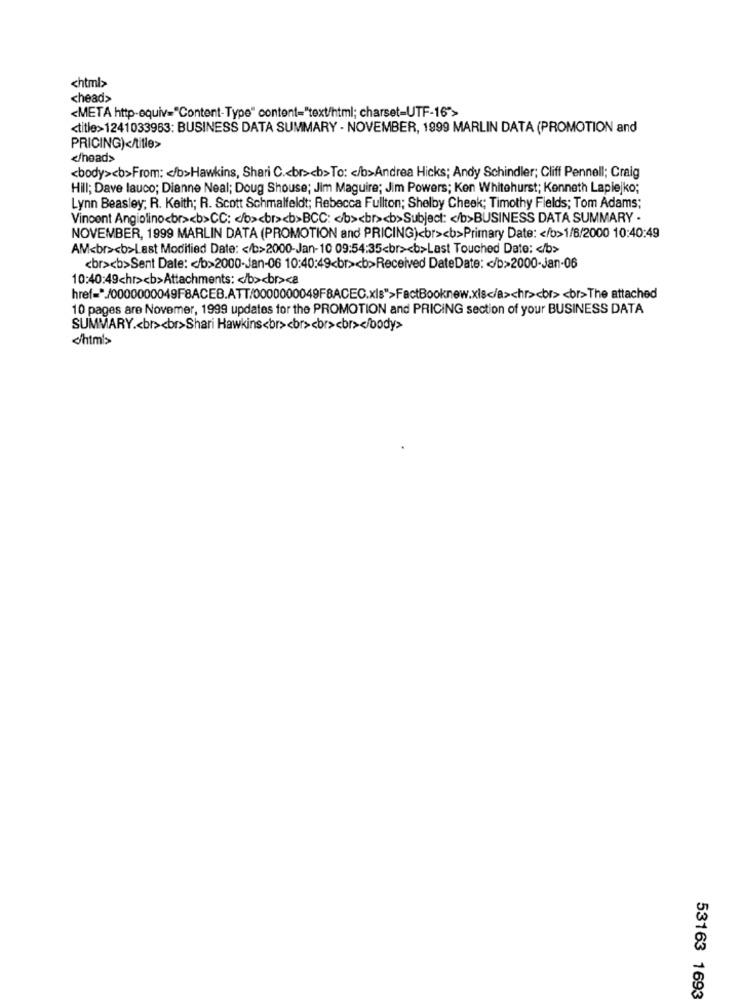
<html>
<head>
<META http-equiv="Content-Type" content="text/html; charset-UTF-16">
<title>1241033963: BUSINESS DATA SUMMARY - NOVEMBER, 1999 MARLIN DATA (PROMOTION and
PRICING)</title>
</head>
<body><b>From: < /b>Hawkins, Shari C .< br><b>To: < /b>Andrea Hicks; Andy Schindler; Cliff Pennell; Craig
Hill; Dave lauco; Dianne Neal; Doug Shouse; Jim Maguire; Jim Powers; Ken Whitehurst; Kenneth Lapiejko;
Lynn Beasley; R. Keith; R. Scott Schmalfeldt; Rebecca Fullton; Shelby Cheek; Timothy Fields; Tom Adams;
Vinoent Angiolino<br><b>CC: < /b><br><b>BCC: < b><br><b>Subject: < /b>BUSINESS DATA SUMMARY .
NOVEMBER, 1999 MARLIN DATA (PROMOTION and PRICING)<br><b>Primary Date: < /b>1/6/2000 10:40:49
AM<br><b>Last Modified Date: < /b>2000-Jan-10 09:54:35<br><b>Last Touched Date: < /b>
<br><b>Sent Date: < /b>2000-Jan-06 10:40:49<br><b>Received DateDate: < /b>2000-Jan-06
10:40:49chr><b>Attachments: < /b><br><a
href="/0000000049F8ACEB.ATT/0000000049F8ACEC.xls">FactBooknew.xls</a><hr><br> <br>The attached
10 pages are Novemer, 1999 updates for the PROMOTION and PRICING section of your BUSINESS DATA
SUMMARY .< br><br>Shari Hawkins<br> <br> <br><br></body>
53163 1693